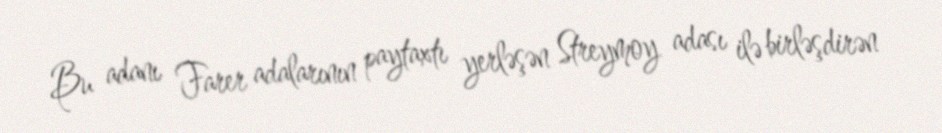
Bu adanı Farer adalarının paytaxtı yerləşən Streymoy adası ilə birləşdirən